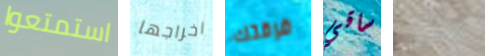
استمتعوا اخراجها فرقتك ساقي العفنة